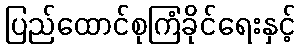
ပြည်ထောင်စုကြံခိုင်ရေးနှင့်